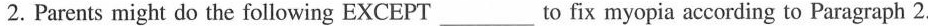
2.Parents might do the following EXCEPT___to fix myopia according to Paragraph 2.